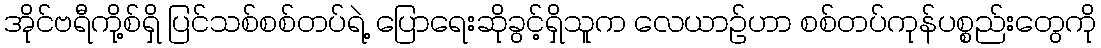
အိုင်ဗရီကို့စ်ရှိ ပြင်သစ်စစ်တပ်ရဲ့ ပြောရေးဆိုခွင့်ရှိသူက လေယာဉ်ဟာ စစ်တပ်ကုန်ပစ္စည်းတွေကို